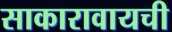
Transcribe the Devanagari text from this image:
साकारावायची